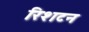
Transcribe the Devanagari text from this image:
रिशटन